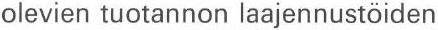
olevien tuotannon laajennustöiden